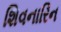
શિવનારિન